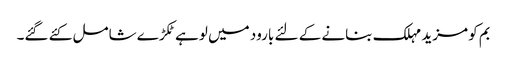
بم کو مزید مہلک بنانے کے لئے بارود میں لوہے ٹکڑے شامل کئے گئے۔